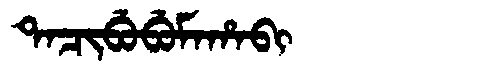
Manchu: ᡨᠠᠴᡳᠪᡠᠪᡠᠮᠠᡥᠠᠪᡳ
Romanization: TACIBUBUMAHABI